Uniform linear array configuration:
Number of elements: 64
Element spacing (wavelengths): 0.75
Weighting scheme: uniform
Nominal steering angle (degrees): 15
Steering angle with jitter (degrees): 14.908
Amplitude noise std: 0.05
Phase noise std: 0.05

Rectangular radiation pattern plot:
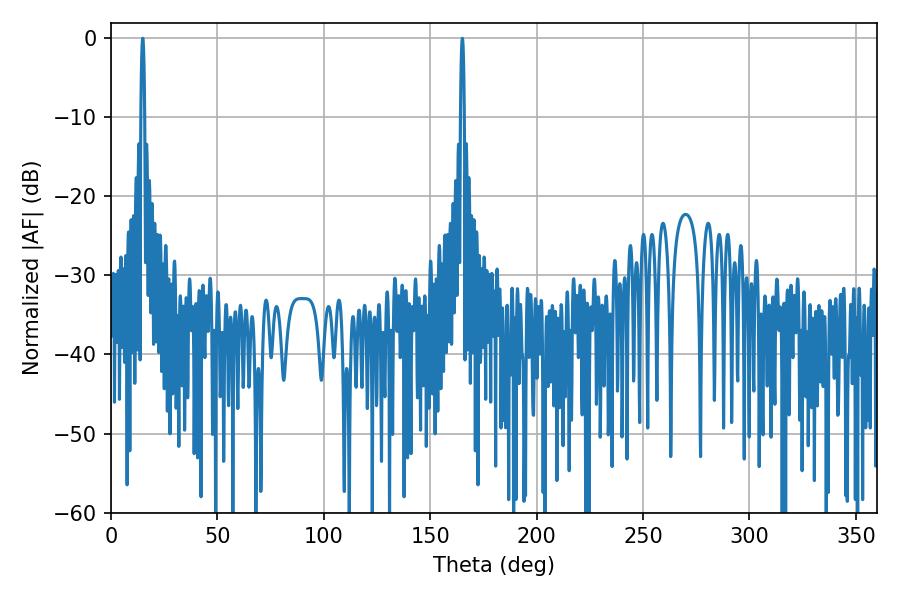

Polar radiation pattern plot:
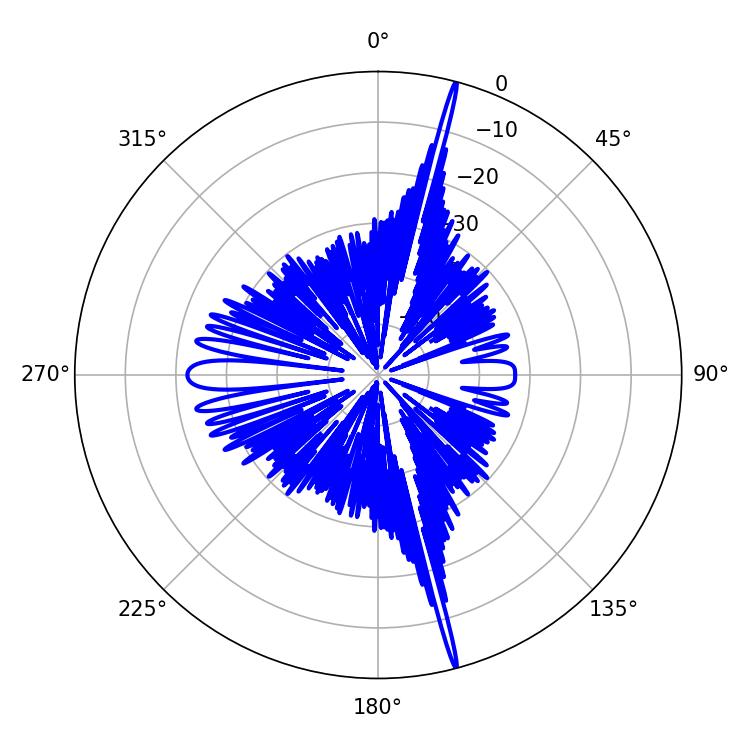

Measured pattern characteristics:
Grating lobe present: TRUE
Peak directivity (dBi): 23.368
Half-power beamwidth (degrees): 0.9
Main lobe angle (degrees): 165.06